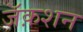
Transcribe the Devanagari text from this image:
जॅक़शन